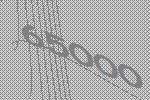
65000